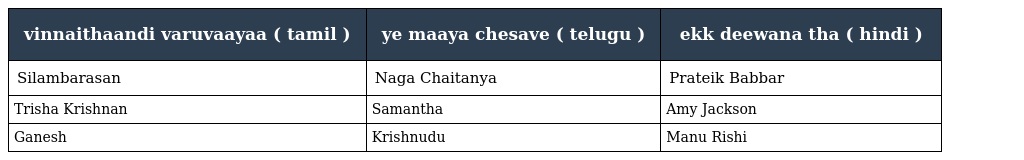
| vinnaithaandi varuvaayaa ( tamil ) | ye maaya chesave ( telugu ) | ekk deewana tha ( hindi ) |
 | --- | --- | --- |
 | Silambarasan | Naga Chaitanya | Prateik Babbar |
 | Trisha Krishnan | Samantha | Amy Jackson |
 | Ganesh | Krishnudu | Manu Rishi |